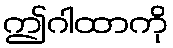
ဤဂါထာကို